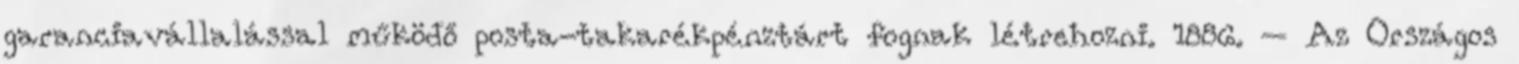
garanciavállalással működő posta-takarékpénztárt fognak létrehozni. 1886. – Az Országos